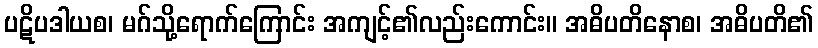
ပဋိပဒါယစ၊ မဂ်သို့ရောက်ကြောင်း အကျင့်၏လည်းကောင်း။ အဓိပတိနောစ၊ အဓိပတိ၏